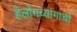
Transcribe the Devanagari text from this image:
हैलोंगच्यांगाची